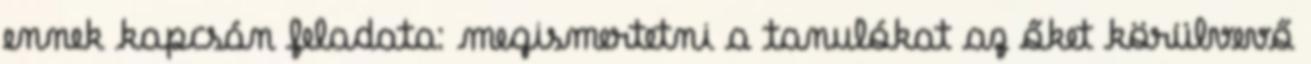
ennek kapcsán feladata: megismertetni a tanulókat az őket körülvevő